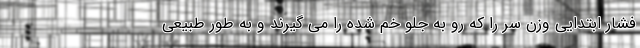
فشار ابتدایی وزن سر را که رو به جلو خم شده را می گیرند و به طور طبیعی